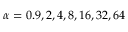
\alpha = 0 . 9 , 2 , 4 , 8 , 1 6 , 3 2 , 6 4